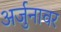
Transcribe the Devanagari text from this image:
अर्जुनावर